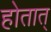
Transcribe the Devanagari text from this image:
होतात्